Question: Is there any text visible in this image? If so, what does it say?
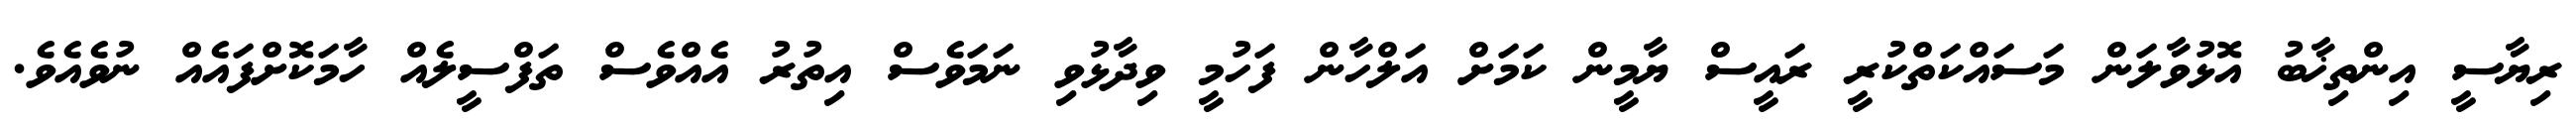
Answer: ރިޔާސީ އިންތިޚާބު އޮޅުވާލަން މަސައްކަތްކުރީ ރައީސް ޔާމީން ކަމަށް އަލްހާން ފަހުމީ ވިދާޅުވި ނަމަވެސް އިތުރު އެއްވެސް ތަފްސީލެއް ހާމަކޮށްފައެއް ނުވެއެވެ.